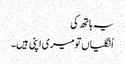
یہ ہاتھ کی
اُنگلیاں تو میری اپنی ہیں۔